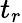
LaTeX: t_{r}